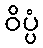
ဝိပ္ပံ